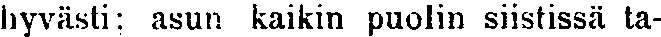
hyvästi: asun kaikin puolin siistissä ta-